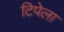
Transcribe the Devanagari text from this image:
टिपेला